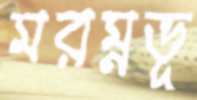
মরম্নভূ